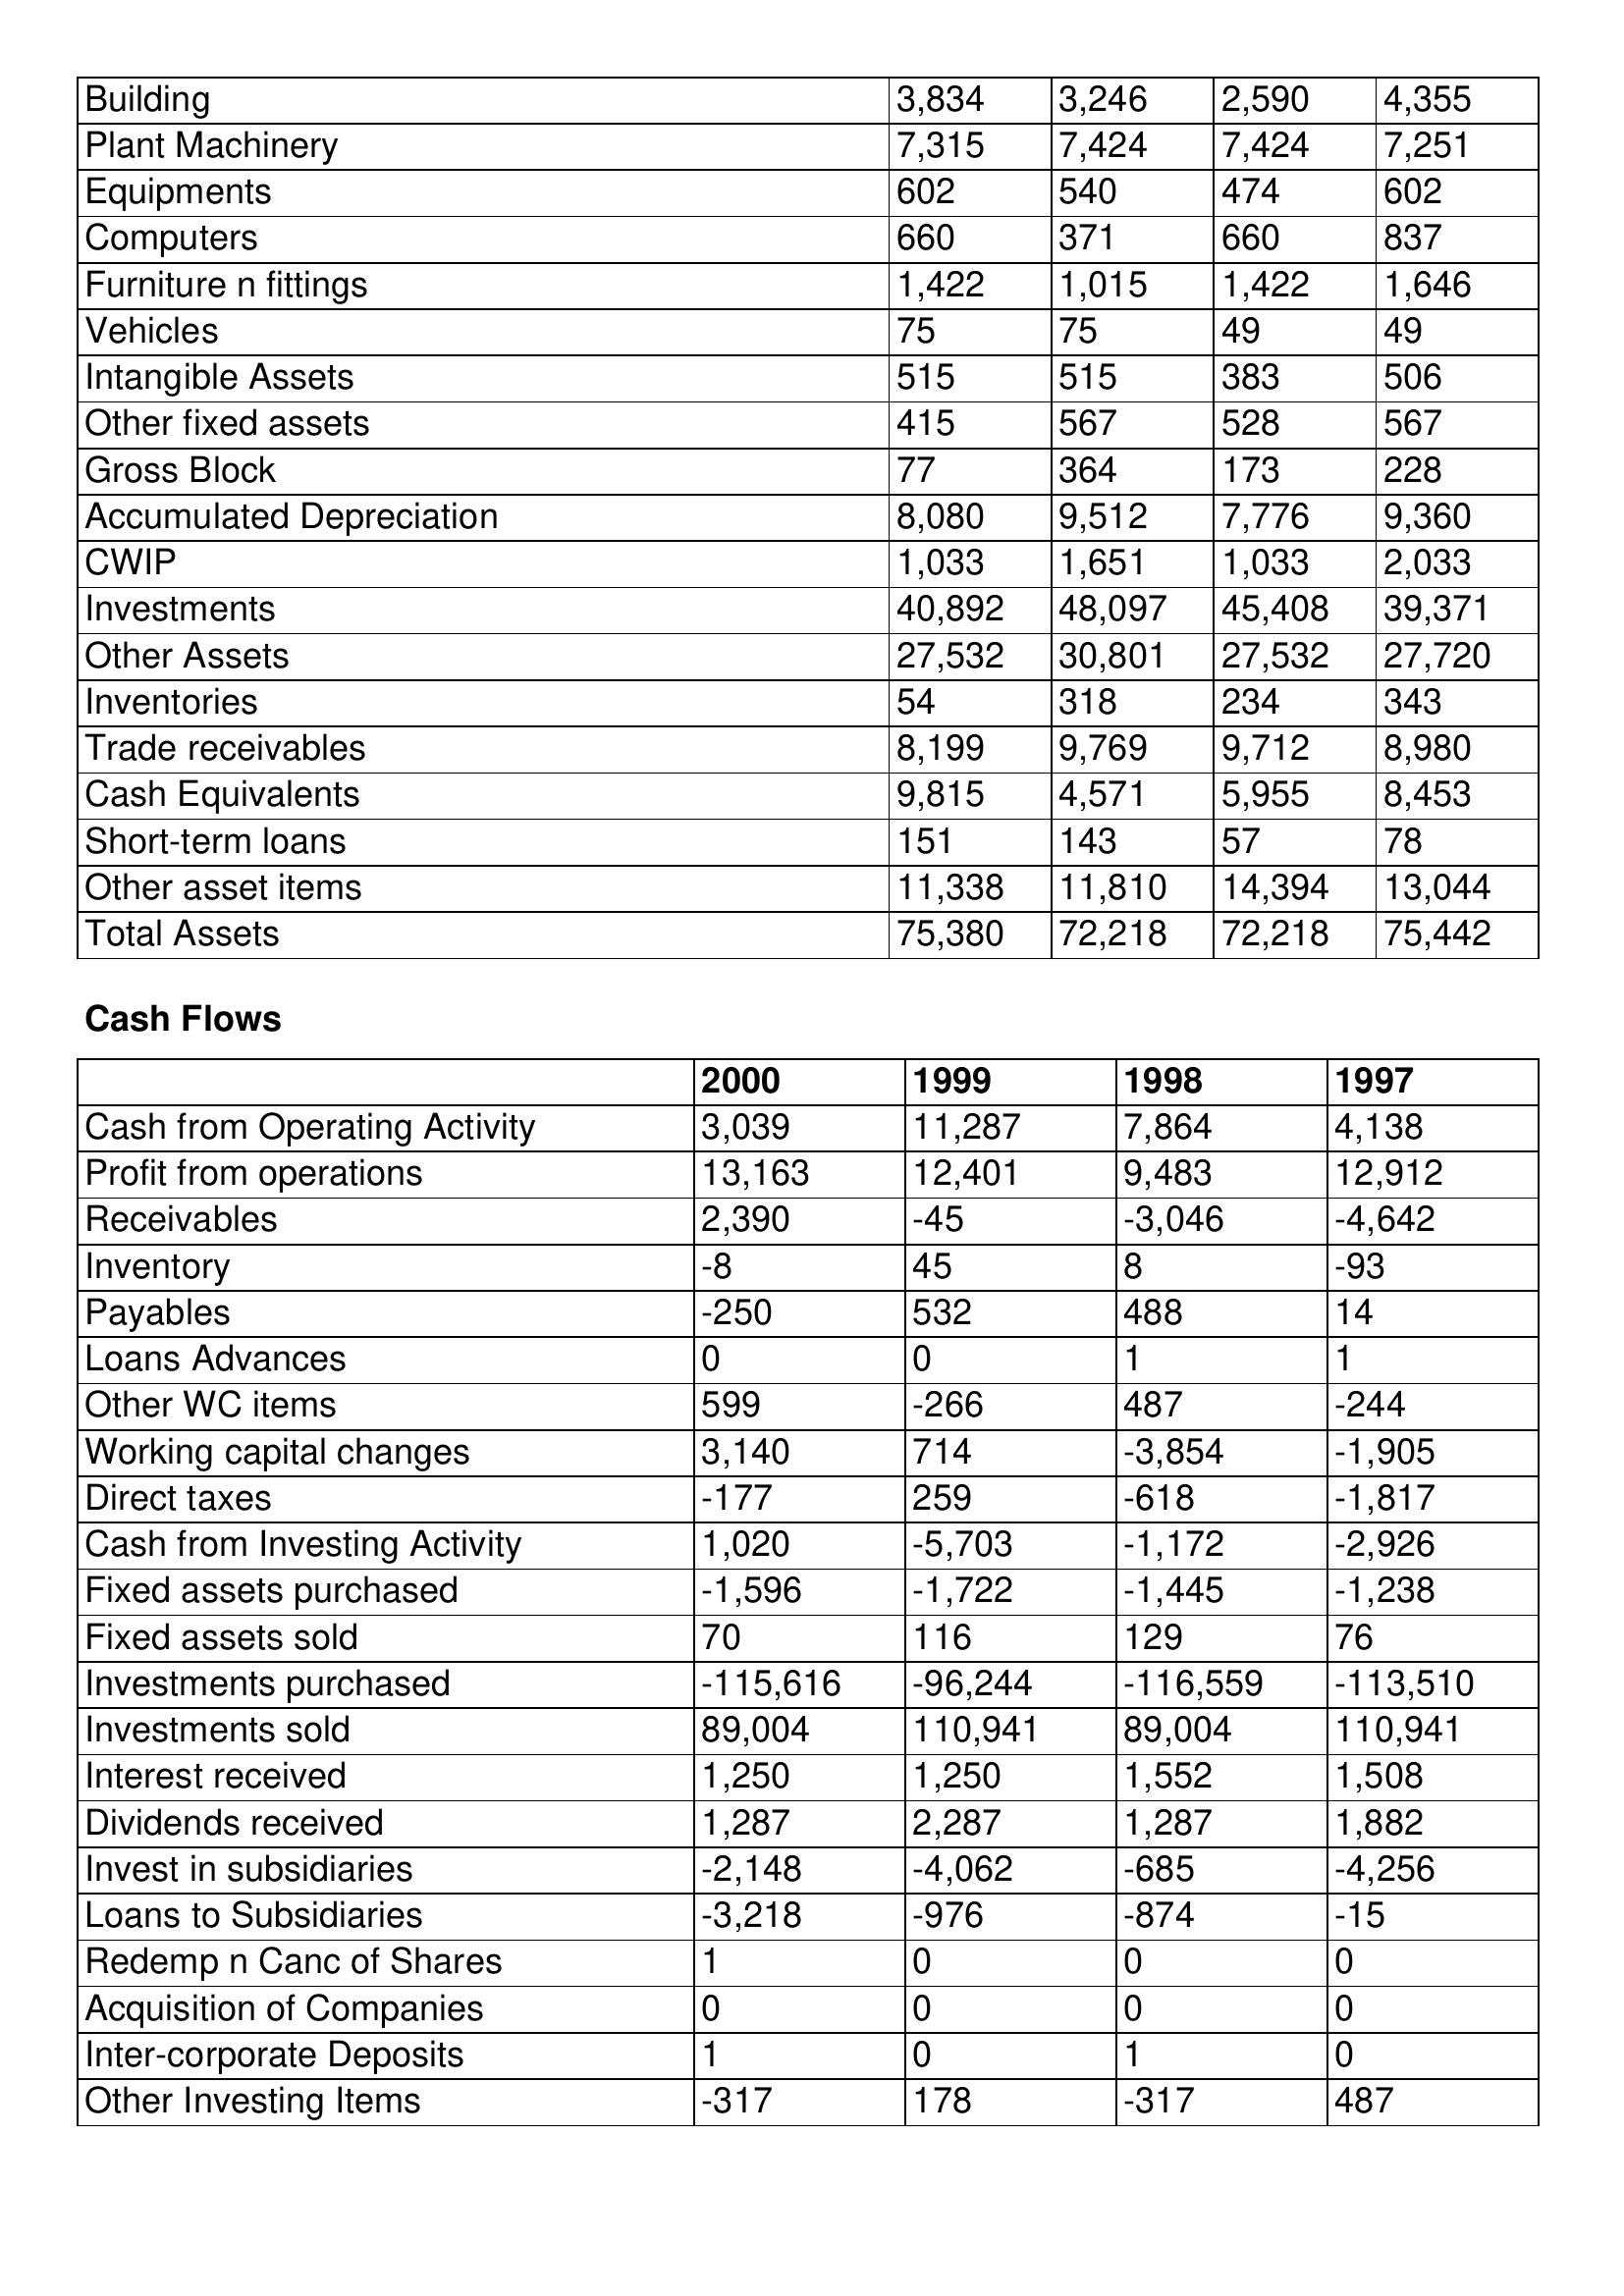
gt_parse: 2000: Balance Sheet: Building: 3,834
Plant Machinery: 7,315
Equipments: 602
Computers: 660
Furniture n fittings: 1,422
Vehicles: 75
Intangible Assets: 515
Other fixed assets: 415
Gross Block: 77
Accumulated Depreciation: 8,080
CWIP: 1,033
Investments: 40,892
Other Assets: 27,532
Inventories: 54
Trade receivables: 8,199
Cash Equivalents: 9,815
Short-term loans: 151
Other asset items: 11,338
Total Assets: 75,380
Cash Flows: Cash from Operating Activity: 3,039
Profit from operations: 13,163
Receivables: 2,390
Inventory: -8
Payables: -250
Loans Advances: 0
Other WC items: 599
Working capital changes: 3,140
Direct taxes: -177
Cash from Investing Activity: 1,020
Fixed assets purchased: -1,596
Fixed assets sold: 70
Investments purchased: -115,616
Investments sold: 89,004
Interest received: 1,250
Dividends received: 1,287
Invest in subsidiaries: -2,148
Loans to Subsidiaries: -3,218
Redemp n Canc of Shares: 1
Acquisition of Companies: 0
Inter-corporate Deposits: 1
Other Investing Items: -317
1999: Balance Sheet: Building: 3,246
Plant Machinery: 7,424
Equipments: 540
Computers: 371
Furniture n fittings: 1,015
Vehicles: 75
Intangible Assets: 515
Other fixed assets: 567
Gross Block: 364
Accumulated Depreciation: 9,512
CWIP: 1,651
Investments: 48,097
Other Assets: 30,801
Inventories: 318
Trade receivables: 9,769
Cash Equivalents: 4,571
Short-term loans: 143
Other asset items: 11,810
Total Assets: 72,218
Cash Flows: Cash from Operating Activity: 11,287
Profit from operations: 12,401
Receivables: -45
Inventory: 45
Payables: 532
Loans Advances: 0
Other WC items: -266
Working capital changes: 714
Direct taxes: 259
Cash from Investing Activity: -5,703
Fixed assets purchased: -1,722
Fixed assets sold: 116
Investments purchased: -96,244
Investments sold: 110,941
Interest received: 1,250
Dividends received: 2,287
Invest in subsidiaries: -4,062
Loans to Subsidiaries: -976
Redemp n Canc of Shares: 0
Acquisition of Companies: 0
Inter-corporate Deposits: 0
Other Investing Items: 178
1998: Balance Sheet: Building: 2,590
Plant Machinery: 7,424
Equipments: 474
Computers: 660
Furniture n fittings: 1,422
Vehicles: 49
Intangible Assets: 383
Other fixed assets: 528
Gross Block: 173
Accumulated Depreciation: 7,776
CWIP: 1,033
Investments: 45,408
Other Assets: 27,532
Inventories: 234
Trade receivables: 9,712
Cash Equivalents: 5,955
Short-term loans: 57
Other asset items: 14,394
Total Assets: 72,218
Cash Flows: Cash from Operating Activity: 7,864
Profit from operations: 9,483
Receivables: -3,046
Inventory: 8
Payables: 488
Loans Advances: 1
Other WC items: 487
Working capital changes: -3,854
Direct taxes: -618
Cash from Investing Activity: -1,172
Fixed assets purchased: -1,445
Fixed assets sold: 129
Investments purchased: -116,559
Investments sold: 89,004
Interest received: 1,552
Dividends received: 1,287
Invest in subsidiaries: -685
Loans to Subsidiaries: -874
Redemp n Canc of Shares: 0
Acquisition of Companies: 0
Inter-corporate Deposits: 1
Other Investing Items: -317
1997: Balance Sheet: Building: 4,355
Plant Machinery: 7,251
Equipments: 602
Computers: 837
Furniture n fittings: 1,646
Vehicles: 49
Intangible Assets: 506
Other fixed assets: 567
Gross Block: 228
Accumulated Depreciation: 9,360
CWIP: 2,033
Investments: 39,371
Other Assets: 27,720
Inventories: 343
Trade receivables: 8,980
Cash Equivalents: 8,453
Short-term loans: 78
Other asset items: 13,044
Total Assets: 75,442
Cash Flows: Cash from Operating Activity: 4,138
Profit from operations: 12,912
Receivables: -4,642
Inventory: -93
Payables: 14
Loans Advances: 1
Other WC items: -244
Working capital changes: -1,905
Direct taxes: -1,817
Cash from Investing Activity: -2,926
Fixed assets purchased: -1,238
Fixed assets sold: 76
Investments purchased: -113,510
Investments sold: 110,941
Interest received: 1,508
Dividends received: 1,882
Invest in subsidiaries: -4,256
Loans to Subsidiaries: -15
Redemp n Canc of Shares: 0
Acquisition of Companies: 0
Inter-corporate Deposits: 0
Other Investing Items: 487